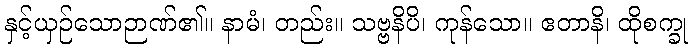
နှင့်ယှဉ်သောဉာဏ်၏။ နာမံ၊ တည်း။ သဗ္ဗနိပိ၊ ကုန်သော။ ဧတာနိ၊ ထိုစက္ခု